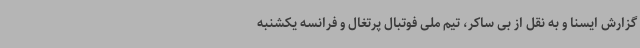
گزارش ایسنا و به نقل از بی ساکر، تیم ملی فوتبال پرتغال و فرانسه یکشنبه